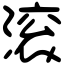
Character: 滚